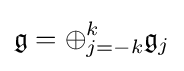
{\mathfrak {g}}=\oplus _{j=-k}^{k}{\mathfrak {g}}_{j}